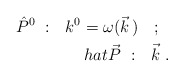
\begin{align*}\hat{P}^0\ :\ \ k^0=\omega(\vec{k}\,)\ \ \ ;\ \ \\hat{\vec{P}}\ :\ \ \vec{k}\ .\end{align*}